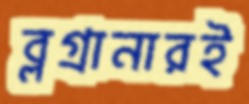
ব্লগ্রানারই